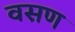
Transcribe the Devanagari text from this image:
वसण